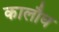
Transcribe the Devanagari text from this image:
कालौघ